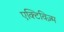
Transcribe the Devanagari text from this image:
एक्टिविज़्म